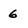
Character: 6